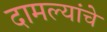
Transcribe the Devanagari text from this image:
दामल्यांचे